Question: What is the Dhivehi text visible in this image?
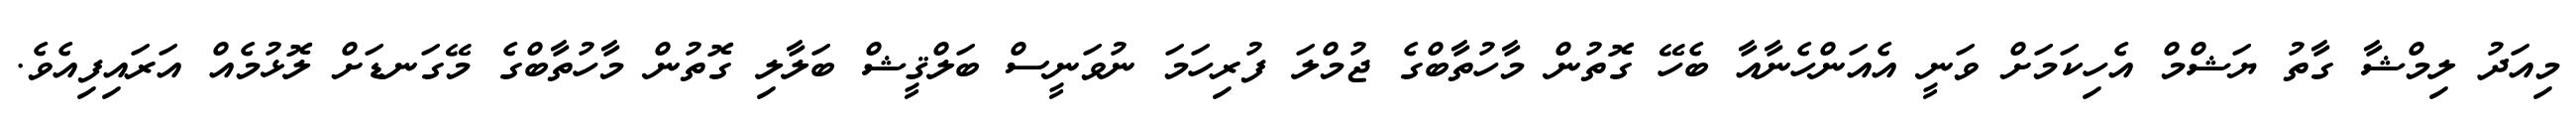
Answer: މިއަދު ލިމްޝާ ގާތު ޔަޝްމް އެހިކަމަށް ވަނީ އެއަންހެނާއާ ބެހޭ ގޮތުން މާހުތާބްގެ ޖުމްލަ ފުރިހަމަ ނުވަނީސް ބަލްޤީޝް ބަލާލި ގޮތުން މާހުތާބްގެ މޭގަނޑަށް ލޮޅުމެއް އަރައިފިއެވެ.